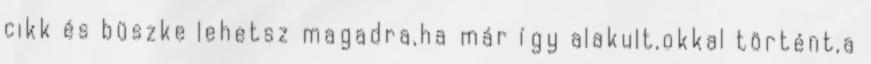
cikk és büszke lehetsz magadra,ha már így alakult,okkal történt,a